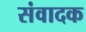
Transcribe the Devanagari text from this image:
संवादक